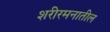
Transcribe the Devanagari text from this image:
शरीरमनातील